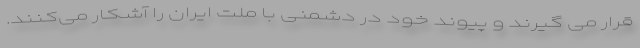
قرار می گیرند و پیوند خود در دشمنی با ملت ایران را آشکار می‌کنند.